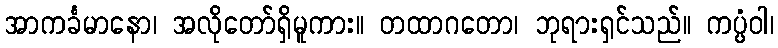
အာကင်္ခမာနော၊ အလိုတော်ရှိမူကား။ တထာဂတော၊ ဘုရားရှင်သည်။ ကပ္ပံဝါ၊